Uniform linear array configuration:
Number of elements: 4
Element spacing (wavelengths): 1
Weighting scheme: uniform
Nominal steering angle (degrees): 15
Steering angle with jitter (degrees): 14.731
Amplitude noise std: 0.05
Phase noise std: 0.05

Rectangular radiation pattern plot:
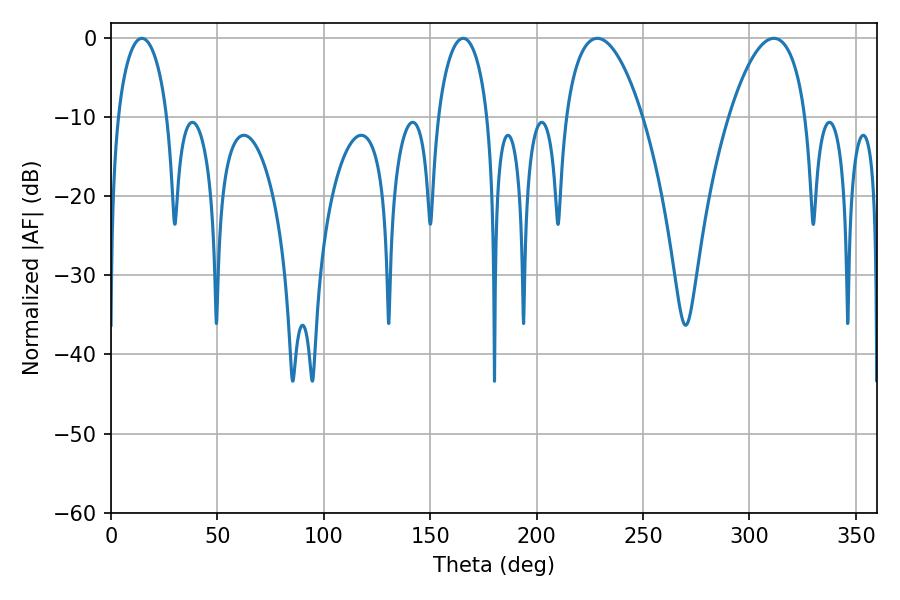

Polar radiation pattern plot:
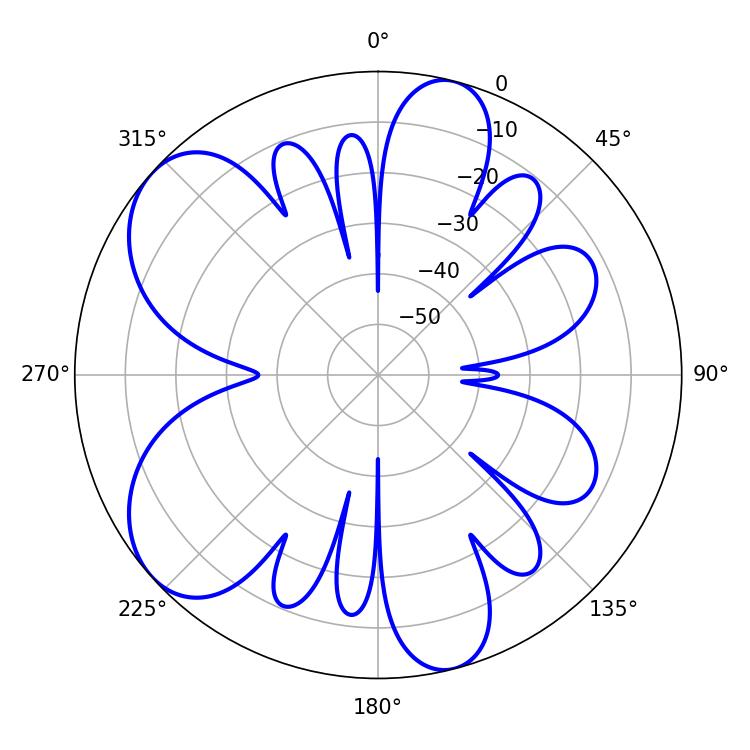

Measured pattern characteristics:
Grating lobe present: TRUE
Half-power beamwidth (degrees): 19.98
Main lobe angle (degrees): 228.6